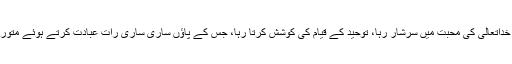
جو شخص ساری عمر میں ہر وقت، ہر لمحہ خداتعالیٰ کی محبت میں سرشار رہا، توحید کے قیام کی کوشش کرتا رہا، جس کے پاؤں ساری ساری رات عبادت کرتے ہوئے متورم ہو جایا کرتے تھے، سوج جایا کرتے تھے۔